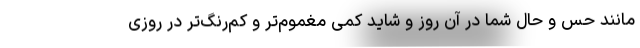
مانند حس و حال شما در آن روز و شاید کمی مغموم‌تر و کم‌رنگ‌تر در روزی